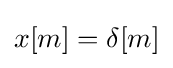
x[m]=\delta [m]